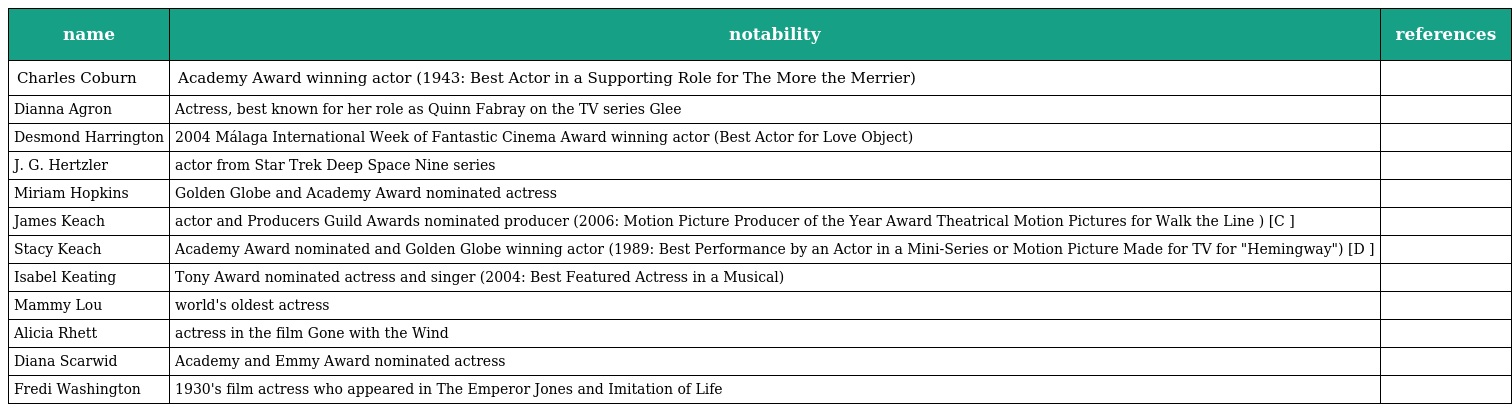
| name | notability | references |
 | --- | --- | --- |
 | Charles Coburn | Academy Award winning actor (1943: Best Actor in a Supporting Role for The More the Merrier) |  |
 | Dianna Agron | Actress, best known for her role as Quinn Fabray on the TV series Glee |  |
 | Desmond Harrington | 2004 Málaga International Week of Fantastic Cinema Award winning actor (Best Actor for Love Object) |  |
 | J. G. Hertzler | actor from Star Trek Deep Space Nine series |  |
 | Miriam Hopkins | Golden Globe and Academy Award nominated actress |  |
 | James Keach | actor and Producers Guild Awards nominated producer (2006: Motion Picture Producer of the Year Award Theatrical Motion Pictures for Walk the Line ) [C ] |  |
 | Stacy Keach | Academy Award nominated and Golden Globe winning actor (1989: Best Performance by an Actor in a Mini-Series or Motion Picture Made for TV for "Hemingway") [D ] |  |
 | Isabel Keating | Tony Award nominated actress and singer (2004: Best Featured Actress in a Musical) |  |
 | Mammy Lou | world's oldest actress |  |
 | Alicia Rhett | actress in the film Gone with the Wind |  |
 | Diana Scarwid | Academy and Emmy Award nominated actress |  |
 | Fredi Washington | 1930's film actress who appeared in The Emperor Jones and Imitation of Life |  |